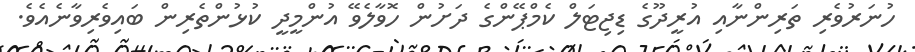
ހުނަރުވެރި ތަރިންނާއި އުރީދޫގެ ޑިޖިޓަލް ކެމްޕޭންގެ ދަށުން ހޮވާލެވޭ އުންމީދީ ކުޅުންތެރިން ބައިވެރިވާނެއެވެ.